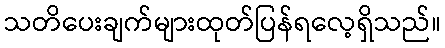
သတိပေးချက်များထုတ်ပြန်ရလေ့ရှိသည်။